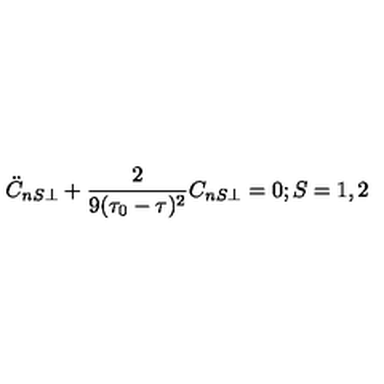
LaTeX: \ddot { C } _ { n S \perp } + \frac { 2 } { 9 ( \tau _ { 0 } - \tau ) ^ { 2 } } C _ { n S \perp } = 0 ; S = 1 , 2